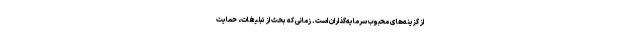
از گزینه‌های محبوب سرمایه‌گذاران است. زمانی که بحث از تبلیغات، حمایت